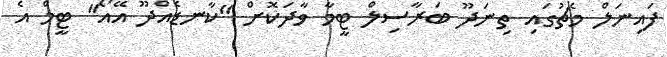
ފައިނަލް މެޗުގައި ތިނަދޫ ބަރާސިލް ޓީމާ ވާދަކޮށް "ކާނޑެއްދޫ އޭއޯ" ޓީމް އެ